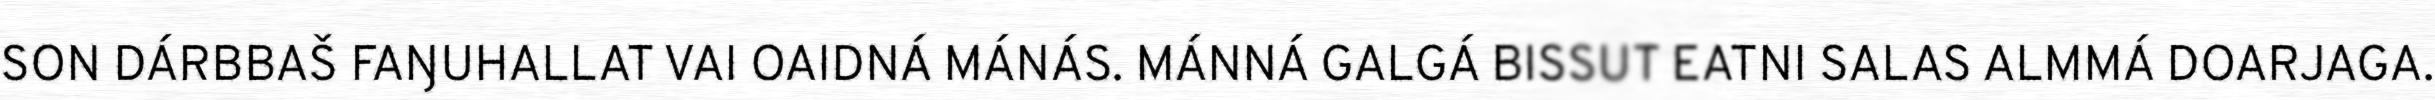
SON DÁRBBAŠ FAŊUHALLAT VAI OAIDNÁ MÁNÁS. MÁNNÁ GALGÁ BISSUT EATNI SALAS ALMMÁ DOARJAGA.